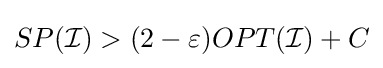
SP({\mathcal {I}})>(2-\varepsilon )OPT({\mathcal {I}})+C